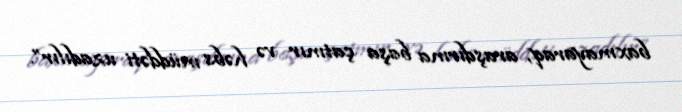
baxmayaraq, araşdırma başa çatmır və həbs müddəti uzadılır”.